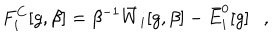
F _ { i } ^ { C } [ g , \beta ] = \beta ^ { - 1 } \bar { W } _ { i } [ g , \beta ] - \bar { E } _ { i } ^ { 0 } [ g ] ,